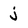
Character: j